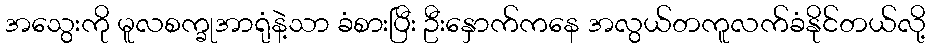
အသွေးကို မူလစက္ခုအာရုံနဲ့သာ ခံစားပြီး ဦးနှောက်ကနေ အလွယ်တကူလက်ခံနိုင်တယ်လို့